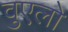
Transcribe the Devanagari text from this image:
वुएलो